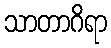
သာတာဂိရာ